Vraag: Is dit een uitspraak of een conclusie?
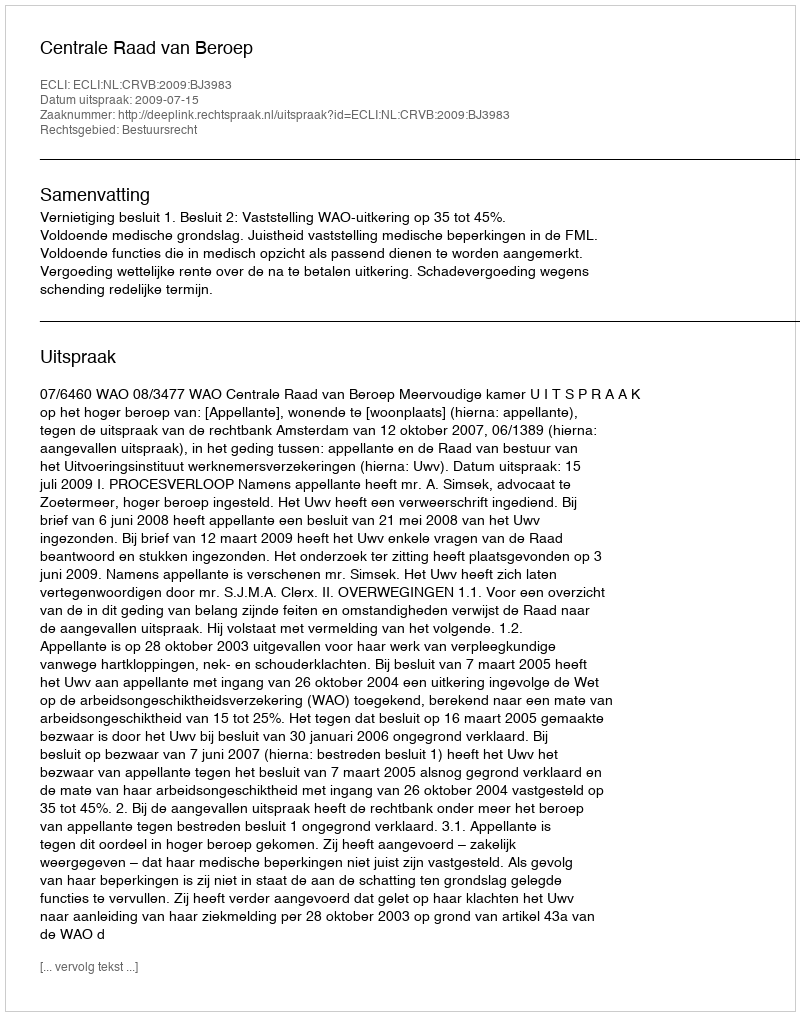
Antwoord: Uitspraak